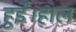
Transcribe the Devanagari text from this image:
हुईं।हाल